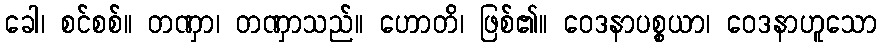
ခေါ၊ စင်စစ်။ တဏှာ၊ တဏှာသည်။ ဟောတိ၊ ဖြစ်၏။ ဝေဒနာပစ္စယာ၊ ဝေဒနာဟူသော